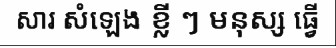
សារ សំឡេង ខ្លី ៗ មនុស្ស ធ្វើ